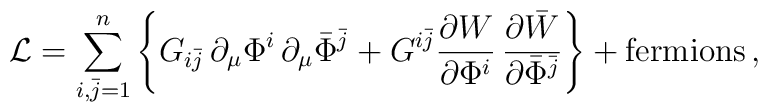
{\cal L} =\sum_{i,\bar{j}=1}^n \left\{G_{i\bar j}\,\partial_\mu\Phi^i\,\partial_\mu\bar\Phi^{\bar j} +  G^{i\bar j}\frac{\partial { W}}{\partial \Phi^i }\,\frac{\partial \bar{W}}{\partial\bar\Phi^{\bar j} } \right\} + \mbox{fermions}\,,